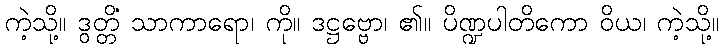
ကဲ့သို့။ ဒွတ္တိံ သာကာရော၊ ကို။ ဒဋ္ဌဗ္ဗော၊ ၏။ ပိဏ္ဍပါတိကော ဝိယ၊ ကဲ့သို့။